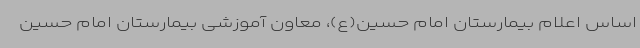
اساس اعلام بیمارستان امام حسین(ع)، معاون آموزشی بیمارستان امام حسین